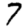
Digit: 7